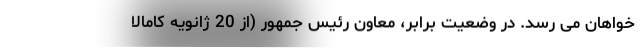
خواهان می رسد. در وضعیت برابر، معاون رئیس جمهور (از 20 ژانویه کامالا